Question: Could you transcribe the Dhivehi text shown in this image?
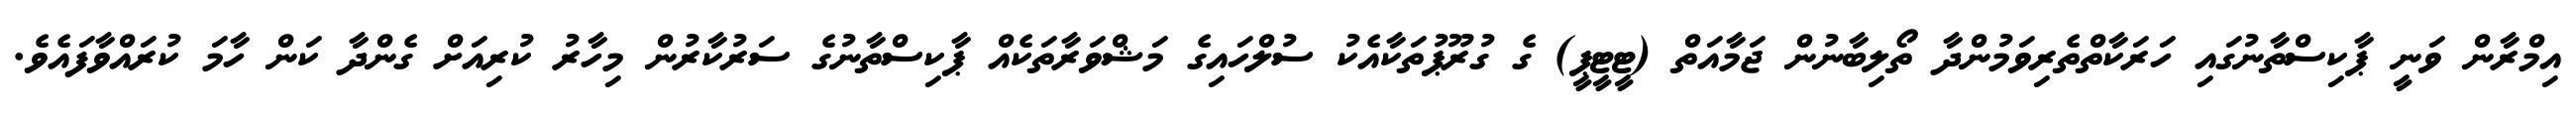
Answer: އިމްރާން ވަނީ ޕާކިސްތާނުގައި ހަރަކާތްތެރިވަމުންދާ ތޯލިބާނުން ޖަމާއަތް (ޓީޓީޕީ) ގެ ގުރޫޕުތަކާއެކު ސުލްހައިގެ މަޝްވަރާތަކެއް ޕާކިސްތާނުގެ ސަރުކާރުން މިހާރު ކުރިއަށް ގެންދާ ކަން ހާމަ ކުރައްވާފައެވެ.